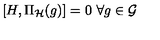
[ H , \Pi _ { \cal H } ( g ) ] = 0 \ \forall g \in { \cal G }